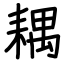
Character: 耦